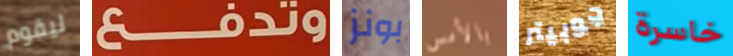
ليقوم وتدفع بونز بالأمس جوبيتر خاسرة